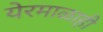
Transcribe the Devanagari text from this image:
येरमाळाही